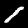
Digit: 1